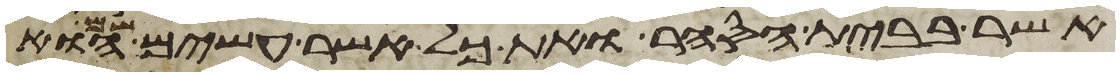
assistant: אשר בבית הסחר ואת כל אשר עשים שם הוא